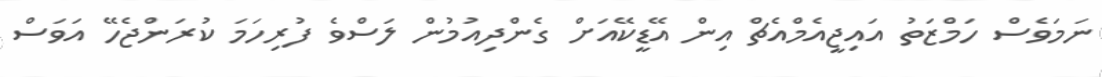
ނަމަވެސް ހަމްޒަތު އައިޖީއެމްއެޗް އިން އޭޑީކޭއަށް ގެންދިއުމުން ލަސްވެ ފުރިހަމަ ކުރަންޖެހޭ އަވަސް